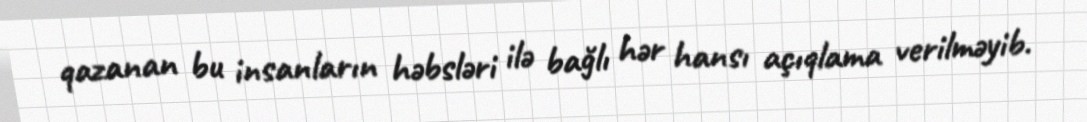
qazanan bu insanların həbsləri ilə bağlı hər hansı açıqlama verilməyib.